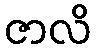
ဇာလိ